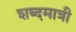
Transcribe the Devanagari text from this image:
शब्दमात्री